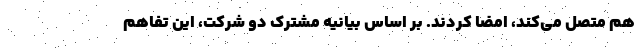
هم متصل می‌کند، امضا کردند. بر اساس بیانیه مشترک دو شرکت، این تفاهم